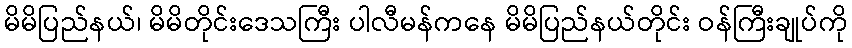
မိမိပြည်နယ်၊ မိမိတိုင်းဒေသကြီး ပါလီမန်ကနေ မိမိပြည်နယ်တိုင်း ဝန်ကြီးချုပ်ကို